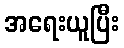
အရေးယူပြီး